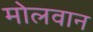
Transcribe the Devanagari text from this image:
मोलवान